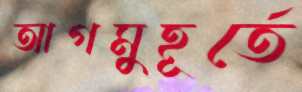
আগমুহূর্তে